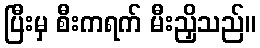
ပြီးမှ စီးကရက် မီးညှိသည်။